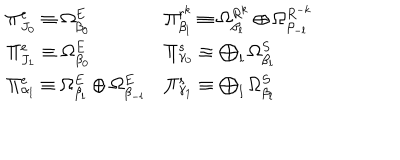
LaTeX: \begin{array} { l l } { { \Pi _ { J _ { 0 } } ^ { e } \equiv \Omega _ { \beta _ { 0 } } ^ { E } } } & { { \Pi _ { \beta _ { l } } ^ { r ^ { k } } \equiv \Omega _ { \beta _ { l } } ^ { R ^ { k } } \oplus \Omega _ { \beta _ { - l } } ^ { R ^ { - k } } } } \\ { { \Pi _ { J _ { 1 } } ^ { e } \equiv \Omega _ { \beta _ { 0 } } ^ { E } } } & { { \Pi _ { \gamma _ { 0 } } ^ { s } \equiv \bigoplus _ { l } \Omega _ { \beta _ { l } } ^ { S } } } \\ { { \Pi _ { \alpha _ { l } } ^ { e } \equiv \Omega _ { \beta _ { l } } ^ { E } \oplus \Omega _ { \beta _ { - l } } ^ { E } } } & { { \Pi _ { \gamma _ { 1 } } ^ { s } \equiv \bigoplus _ { l } \Omega _ { \beta _ { l } } ^ { S } } } \\ \end{array}